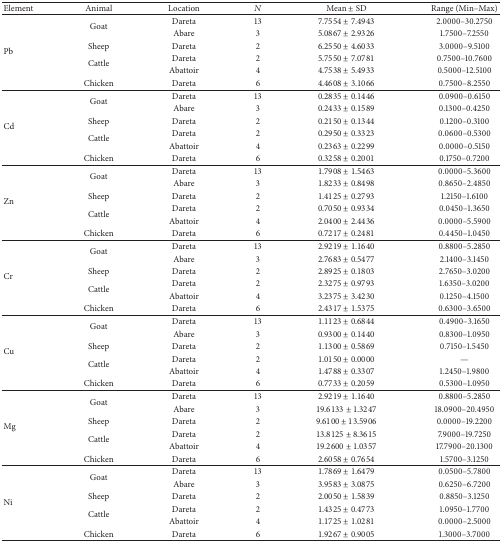
<table><thead><tr><td><b>Element</b></td><td><b>Animal</b></td><td><b>Location</b></td><td><b><i>N</i></b></td><td><b>Mean ± SD</b></td><td><b>Range (Min–Max)</b></td></tr></thead><tbody><tr><td rowspan="6">Pb</td><td rowspan="2">Goat</td><td>Dareta</td><td>13</td><td>7.7554 ± 7.4943</td><td>2.0000–30.2750</td></tr><tr><td>Abare</td><td>3</td><td>5.0867 ± 2.9326</td><td>1.7500–7.2550</td></tr><tr><td>Sheep</td><td>Dareta</td><td>2</td><td>6.2550 ± 4.6033</td><td>3.0000–9.5100</td></tr><tr><td rowspan="2">Cattle</td><td>Dareta</td><td>2</td><td>5.7550 ± 7.0781</td><td>0.7500–10.7600</td></tr><tr><td>Abattoir</td><td>4</td><td>4.7538 ± 5.4933</td><td>0.5000–12.5100</td></tr><tr><td>Chicken</td><td>Dareta</td><td>6</td><td>4.4608 ± 3.1066</td><td>0.7500–8.2550</td></tr><tr><td rowspan="6">Cd</td><td rowspan="2">Goat</td><td>Dareta</td><td>13</td><td>0.2835 ± 0.1446</td><td>0.0900–0.6150</td></tr><tr><td>Abare</td><td>3</td><td>0.2433 ± 0.1589</td><td>0.1300–0.4250</td></tr><tr><td>Sheep</td><td>Dareta</td><td>2</td><td>0.2150 ± 0.1344</td><td>0.1200–0.3100</td></tr><tr><td rowspan="2">Cattle</td><td>Dareta</td><td>2</td><td>0.2950 ± 0.3323</td><td>0.0600–0.5300</td></tr><tr><td>Abattoir</td><td>4</td><td>0.2363 ± 0.2299</td><td>0.0000–0.5150</td></tr><tr><td>Chicken</td><td>Dareta</td><td>6</td><td>0.3258 ± 0.2001</td><td>0.1750–0.7200</td></tr><tr><td rowspan="6">Zn</td><td rowspan="2">Goat</td><td>Dareta</td><td>13</td><td>1.7908 ± 1.5463</td><td>0.0000–5.3600</td></tr><tr><td>Abare</td><td>3</td><td>1.8233 ± 0.8498</td><td>0.8650–2.4850</td></tr><tr><td>Sheep</td><td>Dareta</td><td>2</td><td>1.4125 ± 0.2793</td><td>1.2150–1.6100</td></tr><tr><td rowspan="2">Cattle</td><td>Dareta</td><td>2</td><td>0.7050 ± 0.9334</td><td>0.0450–1.3650</td></tr><tr><td>Abattoir</td><td>4</td><td>2.0400 ± 2.4436</td><td>0.0000–5.5900</td></tr><tr><td>Chicken</td><td>Dareta</td><td>6</td><td>0.7217 ± 0.2481</td><td>0.4450–1.0450</td></tr><tr><td rowspan="6">Cr</td><td rowspan="2">Goat</td><td>Dareta</td><td>13</td><td>2.9219 ± 1.1640</td><td>0.8800–5.2850</td></tr><tr><td>Abare</td><td>3</td><td>2.7683 ± 0.5477</td><td>2.1400–3.1450</td></tr><tr><td>Sheep</td><td>Dareta</td><td>2</td><td>2.8925 ± 0.1803</td><td>2.7650–3.0200</td></tr><tr><td rowspan="2">Cattle</td><td>Dareta</td><td>2</td><td>2.3275 ± 0.9793</td><td>1.6350–3.0200</td></tr><tr><td>Abattoir</td><td>4</td><td>3.2375 ± 3.4230</td><td>0.1250–4.1500</td></tr><tr><td>Chicken</td><td>Dareta</td><td>6</td><td>2.4317 ± 1.5375</td><td>0.6300–3.6500</td></tr><tr><td rowspan="6">Cu</td><td rowspan="2">Goat</td><td>Dareta</td><td>13</td><td>1.1123 ± 0.6844</td><td>0.4900–3.1650</td></tr><tr><td>Abare</td><td>3</td><td>0.9300 ± 0.1440</td><td>0.8300–1.0950</td></tr><tr><td>Sheep</td><td>Dareta</td><td>2</td><td>1.1300 ± 0.5869</td><td>0.7150–1.5450</td></tr><tr><td rowspan="2">Cattle</td><td>Dareta</td><td>2</td><td>1.0150 ± 0.0000</td><td>—</td></tr><tr><td>Abattoir</td><td>4</td><td>1.4788 ± 0.3307</td><td>1.2450–1.9800</td></tr><tr><td>Chicken</td><td>Dareta</td><td>6</td><td>0.7733 ± 0.2059</td><td>0.5300–1.0950</td></tr><tr><td rowspan="6">Mg</td><td rowspan="2">Goat</td><td>Dareta</td><td>13</td><td>2.9219 ± 1.1640</td><td>0.8800–5.2850</td></tr><tr><td>Abare</td><td>3</td><td>19.6133 ± 1.3247</td><td>18.0900–20.4950</td></tr><tr><td>Sheep</td><td>Dareta</td><td>2</td><td>9.6100 ± 13.5906</td><td>0.0000–19.2200</td></tr><tr><td rowspan="2">Cattle</td><td>Dareta</td><td>2</td><td>13.8125 ± 8.3615</td><td>7.9000–19.7250</td></tr><tr><td>Abattoir</td><td>4</td><td>19.2600 ± 1.0357</td><td>17.7900–20.1300</td></tr><tr><td>Chicken</td><td>Dareta</td><td>6</td><td>2.6058 ± 0.7654</td><td>1.5700–3.1250</td></tr><tr><td rowspan="6">Ni</td><td rowspan="2">Goat</td><td>Dareta</td><td>13</td><td>1.7869 ± 1.6479</td><td>0.0500–5.7800</td></tr><tr><td>Abare</td><td>3</td><td>3.9583 ± 3.0875</td><td>0.6250–6.7200</td></tr><tr><td>Sheep</td><td>Dareta</td><td>2</td><td>2.0050 ± 1.5839</td><td>0.8850–3.1250</td></tr><tr><td rowspan="2">Cattle</td><td>Dareta</td><td>2</td><td>1.4325 ± 0.4773</td><td>1.0950–1.7700</td></tr><tr><td>Abattoir</td><td>4</td><td>1.1725 ± 1.0281</td><td>0.0000–2.5000</td></tr><tr><td>Chicken</td><td>Dareta</td><td>6</td><td>1.9267 ± 0.9005</td><td>1.3000–3.7000</td></tr></tbody></table>